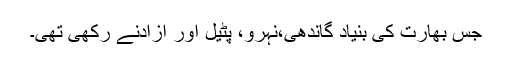
جس بھارت کی بنیاد گاندھی،نہرو، پٹیل اور آزادنے رکھی تھی۔